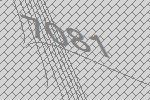
7081